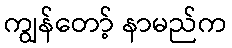
ကျွန်တော့် နာမည်က